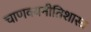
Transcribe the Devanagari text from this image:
चाणक्यनीतिशास्त्र